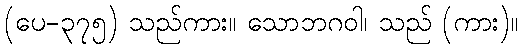
(ပေ-၃၇၅) သည်ကား။ သောဘဂဝါ၊ သည် (ကား)။